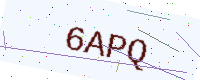
Text: 6APQ